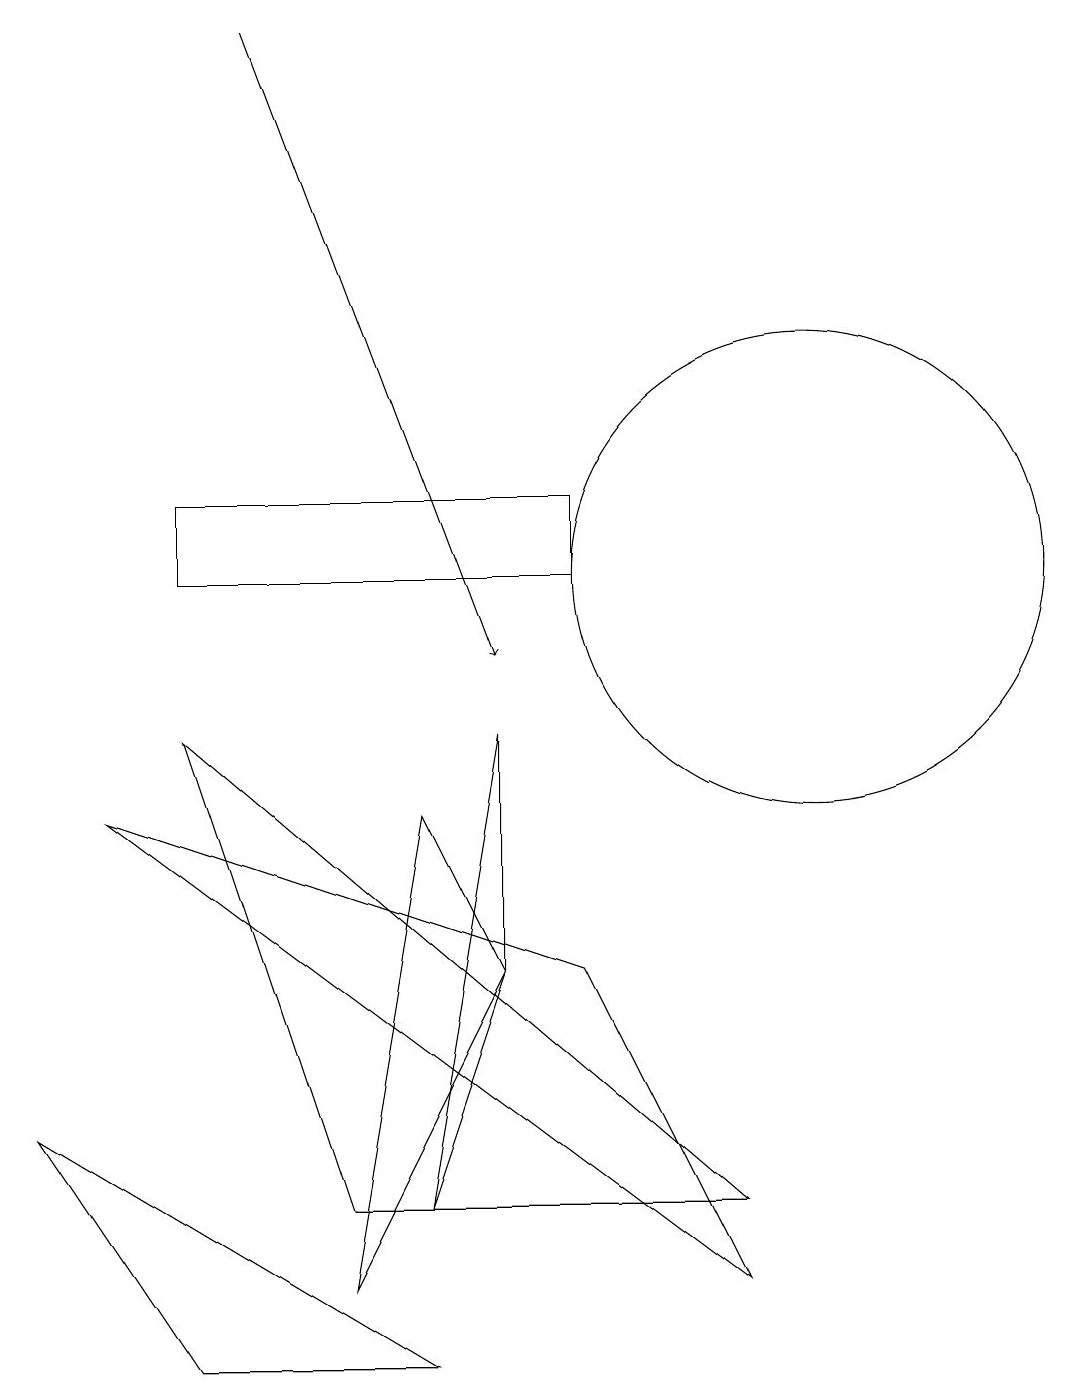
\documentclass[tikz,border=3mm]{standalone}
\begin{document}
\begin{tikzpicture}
\draw (10,11) circle (3);
\draw (7,6) -- (9,2) -- (1,8) -- cycle;
\draw[->] (3,18) -- (6,10);
\draw (7,11) rectangle (2,12);
\draw (5,3) -- (6,9) -- (6,6) -- cycle;
\draw (9,3) -- (2,9) -- (4,3) -- cycle;
\draw (5,1) -- (0,4) -- (2,1) -- cycle;
\draw (5,8) -- (6,6) -- (4,2) -- cycle;
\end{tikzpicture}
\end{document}